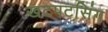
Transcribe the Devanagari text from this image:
खटपटसिंग